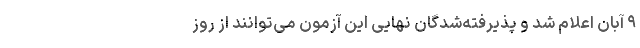
۹ آبان اعلام شد و پذیرفته‌شدگان نهایی این آزمون می‌توانند از روز